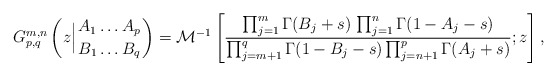
\begin{align*}G^{m, n}_{p, q}\left(z\Big\vert {A_{1} \ldots A_{p} \atop B_{1} \ldots B_{q}}\right) = \mathcal{M}^{-1}\left[\frac{\prod_{j=1}^{m} \Gamma(B_{j} + s)\, \prod_{j=1}^{n} \Gamma(1 - A_{j} - s)}{\prod_{j=m+1}^{q} \Gamma(1 - B_{j} - s) \prod_{j=n+1}^{p} \Gamma(A_{j} + s)}; z\right],\end{align*}